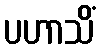
ပဟာသိံ